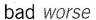
bad worse